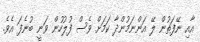
އާއި ނޭފަތުން ލޭ އަންނަމުންދާ ކަމަށް ވެސް ފުލުހުން ވަނީ ބުނެފަ އެވެ.